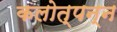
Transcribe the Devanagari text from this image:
कलोत्पन्न